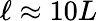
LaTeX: \ell\approx 10L